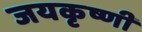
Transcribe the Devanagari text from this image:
जयकृष्णी